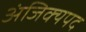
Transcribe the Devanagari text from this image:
अंजिक्यपद